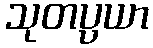
သုတပ္ပယာ